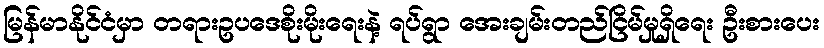
မြန်မာနိုင်ငံမှာ တရားဥပဒေစိုးမိုးရေးနဲ့ ရပ်ရွာ အေးချမ်းတည်ငြိမ်မှုရှိရေး ဦးစားပေး